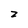
Character: z